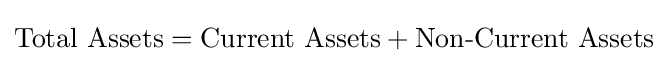
{\text{Total Assets}}={\text{Current Assets}}+{\text{Non-Current Assets}}